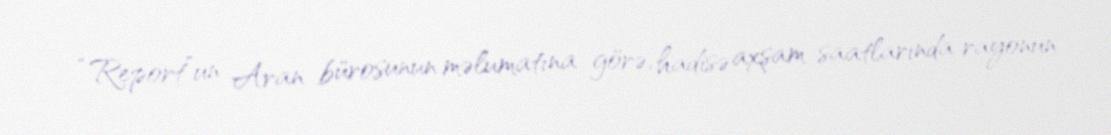
“Report”un Aran bürosunun məlumatına görə, hadisə axşam saatlarında rayonun